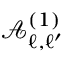
\mathcal { A } _ { \ell , \ell ^ { \prime } } ^ { ( 1 ) }